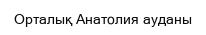
Орталық Анатолия ауданы